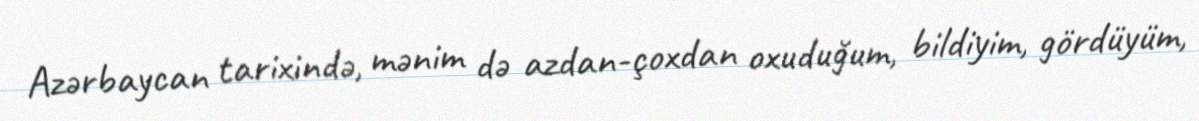
Azərbaycan tarixində, mənim də azdan-çoxdan oxuduğum, bildiyim, gördüyüm,